Reports on dispensaries and lunatic asylums in the Province of Oudh - 1869-1876
Year: 1869
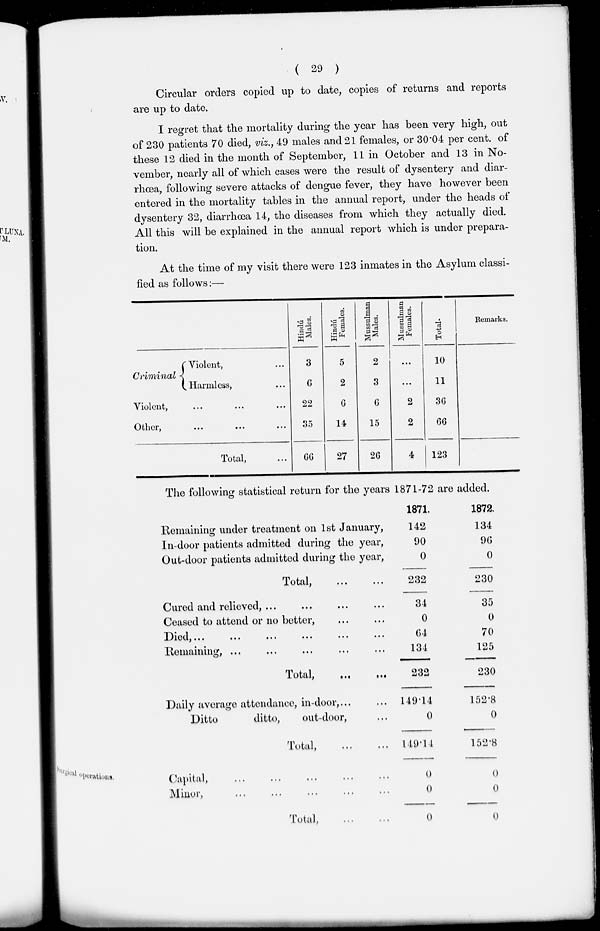
( 29 )
Circular orders copied up to date, copies of returns and reports
are up to date.
I regret that the mortality during the year has been very high, out
of 230 patients 70 died, viz., 49 males and 21 females, or 30.04 per cent. of
these 12 died in the month of September, 11 in October and 13 in No-
vember, nearly all of which cases were the result of dysentery and diar-
rhœa, following severe attacks of dengue fever, they have however been
entered in the mortality tables in the annual report, under the heads of
dysentery 32, diarrhœa 14, the diseases from which they actually died.
All this will be explained in the annual report which is under prepara-
tion.
At the time of my visit there were 123 inmates in the Asylum classi-
fied as follows:—
Criminal
Violent,
Other,
Violent, ...
Harmless, ...
... ... ...
... ... ...
Total, ...
Hindu
Males.
3
6
22
35
66
Hindu
Females.
5
2
6
14
27
Mussulman
Males.
2
3
6
15
26
Mussulman
Females.
...
...
2
2
4
Total.
10
11
36
66
123
Remarks.
The following statistical return for the years 1871-72 are added.
Remaining under treatment on 1st January,
In-door patients admitted during the year,
Out-door patients admitted during the year,
Total, ... ...
Cured and relieved, ... ... ... ...
Ceased to attend or no better, ... ...
Died, ... ... ... ... ... ...
Remaining, ... ... ... ... ...
Total,
...
...
1871.
142
90
0
232
34
0
64
134
232
1872.
134
96
0
230
35
0
70
125
230
Daily average attendance, in-door, ... ...
Ditto
ditto,
out-door, ...
Total, ... ...
149.14
0
149.14
152.8
0
152.8
Surgical operations.
Capital, ... ... ... ... ...
Minor, ... ... ... ... ...
Total,
...
...
0
0
0
0
0
0